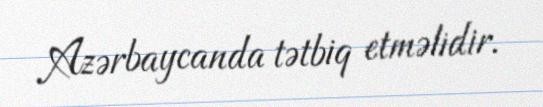
Azərbaycanda tətbiq etməlidir.